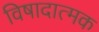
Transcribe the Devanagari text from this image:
विषादात्मक